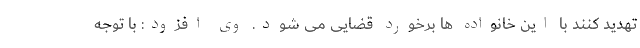
تهدید کنند با این خانواده ها برخورد قضایی می شود. وی افزود: با توجه